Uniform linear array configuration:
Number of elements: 32
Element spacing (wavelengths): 0.5
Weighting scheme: cosine
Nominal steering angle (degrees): -60
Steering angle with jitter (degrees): -61.099
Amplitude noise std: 0.05
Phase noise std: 0.05

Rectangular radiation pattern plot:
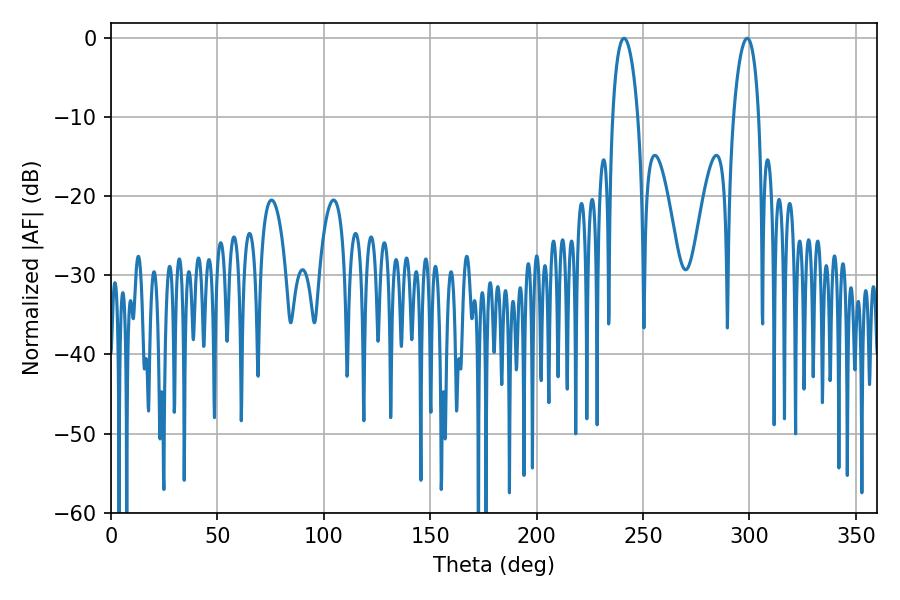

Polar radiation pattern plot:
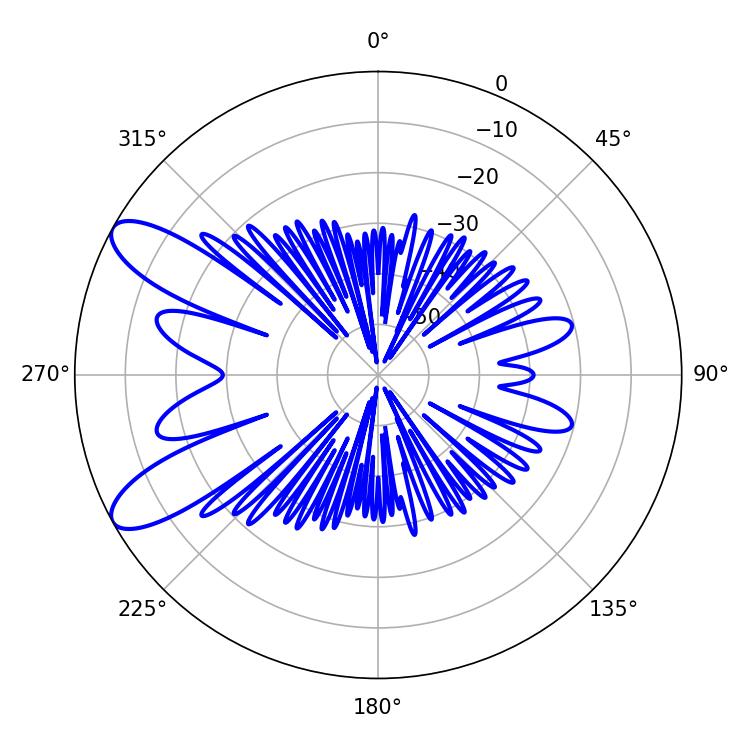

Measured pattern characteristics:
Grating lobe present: FALSE
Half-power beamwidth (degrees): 6.66
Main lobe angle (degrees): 241.02